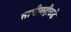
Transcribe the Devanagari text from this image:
तापीनदीकडे